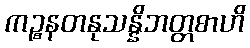
ကဉ္စနတနုသန္နိဘတ္တစာဟိ